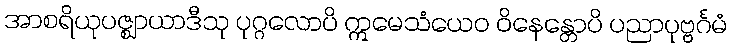
အာစရိယုပဇ္ဈာယာဒီသု ပုဂ္ဂလောပိ ဣမေသံယေဝ ဝိနေန္တောပိ ပညာပုဗ္ဗင်္ဂမံ